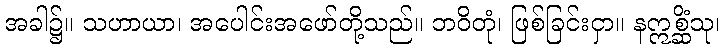
အခါ၌။ သဟာယာ၊ အပေါင်းအဖော်တို့သည်။ ဘဝိတုံ၊ ဖြစ်ခြင်းငှာ။ နဣစ္ဆိံသု၊